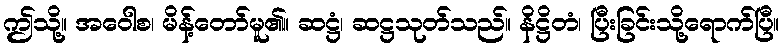
ဤသို့။ အဝေါစ၊ မိန့်တော်မူ၏။ ဆဋ္ဌံ၊ ဆဋ္ဌသုတ်သည်။ နိဋ္ဌိတံ၊ ပြီးခြင်းသို့ရောက်ပြီ။